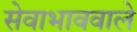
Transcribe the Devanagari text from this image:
सेवाभाववाले